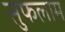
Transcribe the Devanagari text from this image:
सुफलाम